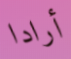
أرادا